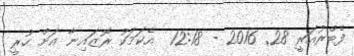
ފެބްރުއަރީ 28